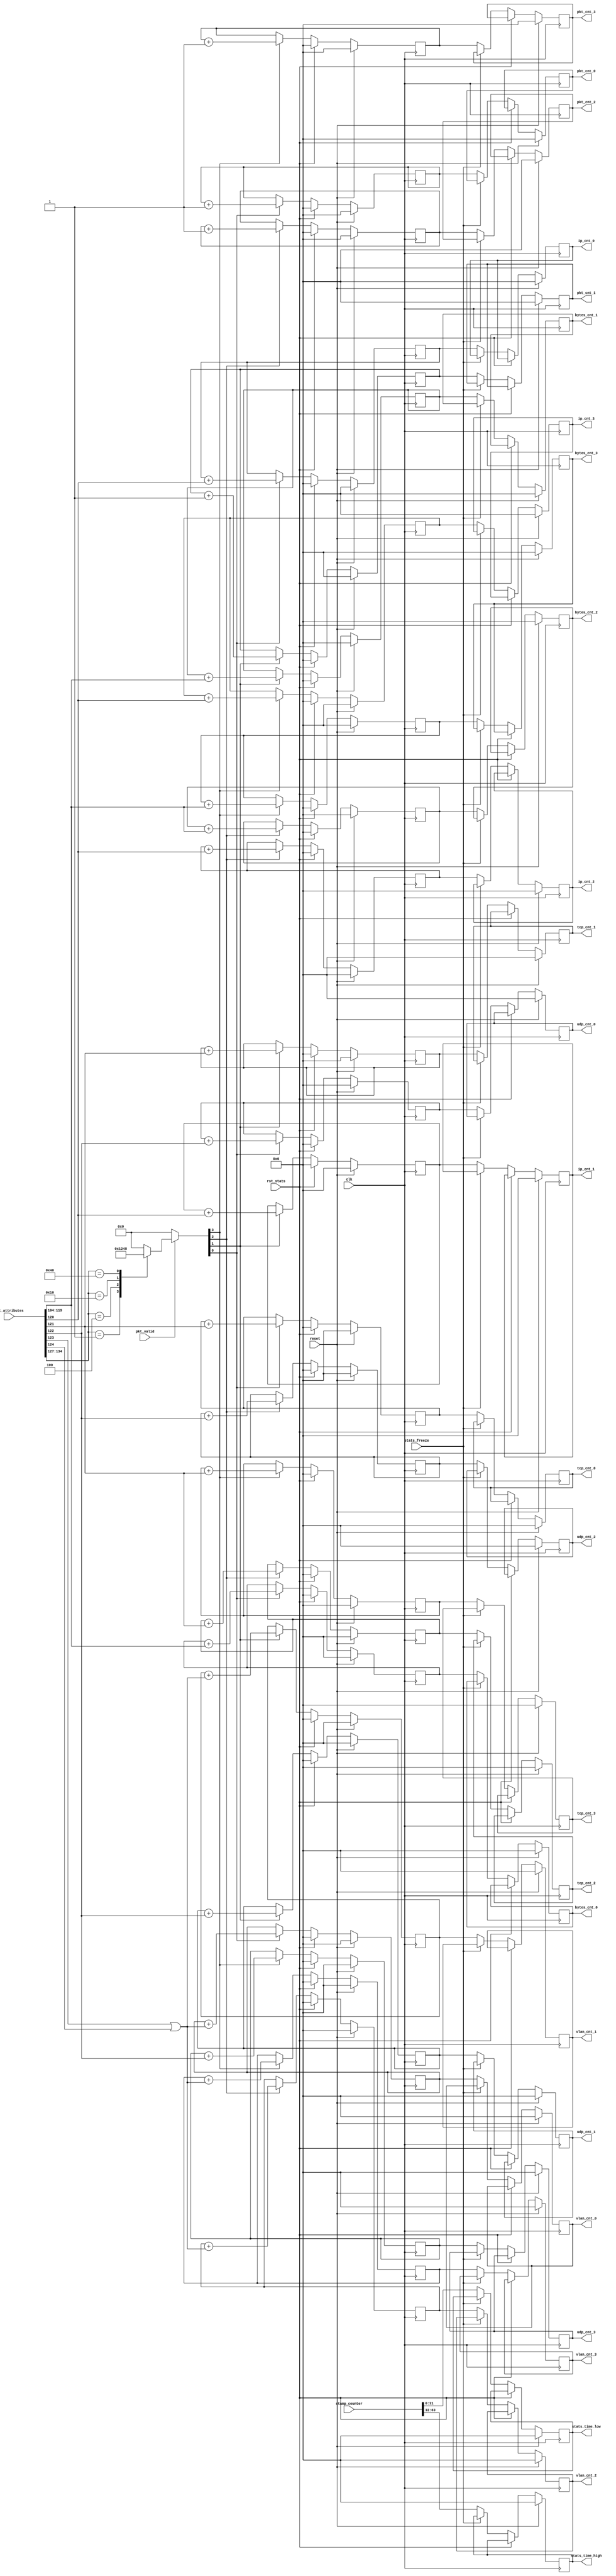
/*******************************************************************************
 *
 *  NetFPGA-10G http://www.netfpga.org
 *
 *  File:
 *        stats_handler.v
 *
 *  Library:
 *        hw/osnt/pcores/osnt_monitoring_output_port_lookup_v1_00_a
 *
 *  Module:
 *        stats_handler
 *
 *  Author:
 *        Gianni Antichi
 *
 *  Description:
 *        Hardwire the hardware interfaces to CPU and vice versa
 *
 *  Copyright notice:
 *        Copyright (C) 2010, 2011 The Board of Trustees of The Leland Stanford
 *                                 Junior University
 *
 *  Licence:
 *        This file is part of the NetFPGA 10G development base package.
 *
 *        This file is free code: you can redistribute it and/or modify it under
 *        the terms of the GNU Lesser General Public License version 2.1 as
 *        published by the Free Software Foundation.
 *
 *        This package is distributed in the hope that it will be useful, but
 *        WITHOUT ANY WARRANTY; without even the implied warranty of
 *        MERCHANTABILITY or FITNESS FOR A PARTICULAR PURPOSE.  See the GNU
 *        Lesser General Public License for more details.
 *
 *        You should have received a copy of the GNU Lesser General Public
 *        License along with the NetFPGA source package.  If not, see
 *        http://www.gnu.org/licenses/.
 *
 */

	module stats_handler
	#(
		parameter C_S_AXI_DATA_WIDTH = 32,
    		parameter TIMESTAMP_WIDTH =64,
		parameter ATTRIBUTE_DATA_WIDTH = 135,
		parameter NUM_INPUT_QUEUES =8,
		parameter TUPLE_WIDTH = 104,
		parameter BYTES_COUNT_WIDTH = 16
	)
	(
    	// Global Ports
    		input clk,
    		input reset,

	// packet attributes
		input [ATTRIBUTE_DATA_WIDTH-1:0] pkt_attributes,
		input	pkt_valid,

	// statistics	
                output [C_S_AXI_DATA_WIDTH-1:0] pkt_cnt_0,
                output [C_S_AXI_DATA_WIDTH-1:0] pkt_cnt_1,
                output [C_S_AXI_DATA_WIDTH-1:0] pkt_cnt_2,
                output [C_S_AXI_DATA_WIDTH-1:0] pkt_cnt_3,

                output [C_S_AXI_DATA_WIDTH-1:0] bytes_cnt_0,
                output [C_S_AXI_DATA_WIDTH-1:0] bytes_cnt_1,
                output [C_S_AXI_DATA_WIDTH-1:0] bytes_cnt_2,
                output [C_S_AXI_DATA_WIDTH-1:0] bytes_cnt_3,

                output [C_S_AXI_DATA_WIDTH-1:0] vlan_cnt_0,
                output [C_S_AXI_DATA_WIDTH-1:0] vlan_cnt_1,
                output [C_S_AXI_DATA_WIDTH-1:0] vlan_cnt_2,
                output [C_S_AXI_DATA_WIDTH-1:0] vlan_cnt_3,

                output [C_S_AXI_DATA_WIDTH-1:0] ip_cnt_0,
                output [C_S_AXI_DATA_WIDTH-1:0] ip_cnt_1,
                output [C_S_AXI_DATA_WIDTH-1:0] ip_cnt_2,
                output [C_S_AXI_DATA_WIDTH-1:0] ip_cnt_3,

                output [C_S_AXI_DATA_WIDTH-1:0] udp_cnt_0,
                output [C_S_AXI_DATA_WIDTH-1:0] udp_cnt_1,
                output [C_S_AXI_DATA_WIDTH-1:0] udp_cnt_2,
                output [C_S_AXI_DATA_WIDTH-1:0] udp_cnt_3,

                output [C_S_AXI_DATA_WIDTH-1:0] tcp_cnt_0,
                output [C_S_AXI_DATA_WIDTH-1:0] tcp_cnt_1,
                output [C_S_AXI_DATA_WIDTH-1:0] tcp_cnt_2,
                output [C_S_AXI_DATA_WIDTH-1:0] tcp_cnt_3,

                output [C_S_AXI_DATA_WIDTH-1:0] stats_time_high,
                output [C_S_AXI_DATA_WIDTH-1:0] stats_time_low,
 
	// stamp counter
                input [TIMESTAMP_WIDTH-1:0]     stamp_counter,

	// misc stats
                input                           stats_freeze,
                input                           rst_stats
	);

	//--------------------- Internal Parameter-------------------------

	localparam PHY0 = 8'b0000_0001;
	localparam PHY1 = 8'b0000_0100;
	localparam PHY2 = 8'b0001_0000;
	localparam PHY3 = 8'b0100_0000;

	localparam NUM_PHY = 4;

	localparam FLAG_IP = TUPLE_WIDTH+BYTES_COUNT_WIDTH;
	localparam FLAG_TCP = FLAG_IP + 1;
	localparam FLAG_UDP = FLAG_IP + 2;
	localparam FLAG_VLAN_Q = FLAG_IP + 3;
	localparam FLAG_VLAN_AD = FLAG_IP + 4;  

  	//---------------------- Wires and regs---------------------------

	reg [C_S_AXI_DATA_WIDTH-1:0] pkt_cnt [NUM_PHY-1:0];
        reg [C_S_AXI_DATA_WIDTH-1:0] bytes_cnt [NUM_PHY-1:0];
        reg [C_S_AXI_DATA_WIDTH-1:0] vlan_cnt [NUM_PHY-1:0];
        reg [C_S_AXI_DATA_WIDTH-1:0] ip_cnt [NUM_PHY-1:0];
        reg [C_S_AXI_DATA_WIDTH-1:0] tcp_cnt [NUM_PHY-1:0];
        reg [C_S_AXI_DATA_WIDTH-1:0] udp_cnt [NUM_PHY-1:0];

        reg [C_S_AXI_DATA_WIDTH-1:0] pkt_cnt_tmp [NUM_PHY-1:0];
        reg [C_S_AXI_DATA_WIDTH-1:0] bytes_cnt_tmp [NUM_PHY-1:0];
        reg [C_S_AXI_DATA_WIDTH-1:0] vlan_cnt_tmp [NUM_PHY-1:0];
        reg [C_S_AXI_DATA_WIDTH-1:0] ip_cnt_tmp [NUM_PHY-1:0];
        reg [C_S_AXI_DATA_WIDTH-1:0] tcp_cnt_tmp [NUM_PHY-1:0];
        reg [C_S_AXI_DATA_WIDTH-1:0] udp_cnt_tmp [NUM_PHY-1:0];

	reg [C_S_AXI_DATA_WIDTH-1:0] time_high_tmp;
        reg [C_S_AXI_DATA_WIDTH-1:0] time_low_tmp;
 
        reg [C_S_AXI_DATA_WIDTH-1:0] pkt_cnt_tmp_next [NUM_PHY-1:0];
        reg [C_S_AXI_DATA_WIDTH-1:0] bytes_cnt_tmp_next [NUM_PHY-1:0];
        reg [C_S_AXI_DATA_WIDTH-1:0] vlan_cnt_tmp_next [NUM_PHY-1:0];
        reg [C_S_AXI_DATA_WIDTH-1:0] ip_cnt_tmp_next [NUM_PHY-1:0];
        reg [C_S_AXI_DATA_WIDTH-1:0] tcp_cnt_tmp_next [NUM_PHY-1:0];
        reg [C_S_AXI_DATA_WIDTH-1:0] udp_cnt_tmp_next [NUM_PHY-1:0];

        reg [C_S_AXI_DATA_WIDTH-1:0] time_high_tmp_next;
        reg [C_S_AXI_DATA_WIDTH-1:0] time_low_tmp_next;


	wire [NUM_INPUT_QUEUES-1:0]  pkt_src;
	wire [BYTES_COUNT_WIDTH-1:0] bytes;
	wire	                     is_ip;
	wire			     is_vlan;
	wire			     is_udp;
	wire			     is_tcp;

	reg [NUM_PHY-1:0] 	     valid_phy;

	integer	i;

        //---------------------- Logic ---------------------------


  	always @ (*) begin
        	valid_phy = 2'd0;
        	if(pkt_valid) begin
                	case(pkt_src)
                        	8'b00000001: valid_phy = 'h1;
                        	8'b00000100: valid_phy = 'h2;
                        	8'b00010000: valid_phy = 'h4;
                        	8'b01000000: valid_phy = 'h8;
                        	default    : valid_phy = 'h0;
                	endcase
        	end
   	end

	assign pkt_src = pkt_attributes[ATTRIBUTE_DATA_WIDTH-1:ATTRIBUTE_DATA_WIDTH-NUM_INPUT_QUEUES];
	assign bytes   = pkt_attributes[TUPLE_WIDTH+BYTES_COUNT_WIDTH-1:TUPLE_WIDTH];
	assign is_ip   = (pkt_attributes[FLAG_IP]);
	assign is_tcp  = (pkt_attributes[FLAG_TCP]);
	assign is_udp  = (pkt_attributes[FLAG_UDP]);
	assign is_vlan = (pkt_attributes[FLAG_VLAN_Q] | pkt_attributes[FLAG_VLAN_AD]);



	generate
	genvar k;
	for(k=0;k<NUM_PHY;k=k+1) begin: statistics_freeze
		always@(pkt_cnt[k],bytes_cnt[k],vlan_cnt[k],ip_cnt[k],tcp_cnt[k],udp_cnt[k],stats_freeze,pkt_cnt_tmp[k],bytes_cnt_tmp[k],vlan_cnt_tmp[k],ip_cnt_tmp[k],tcp_cnt_tmp[k],udp_cnt_tmp[k])begin
	//	always@(*)begin
			if(!stats_freeze) begin
				pkt_cnt_tmp_next[k] = pkt_cnt[k];
                        	bytes_cnt_tmp_next[k] = bytes_cnt[k];
                        	vlan_cnt_tmp_next[k] = vlan_cnt[k];
                        	ip_cnt_tmp_next[k] = ip_cnt[k];
                        	tcp_cnt_tmp_next[k] = tcp_cnt[k];
                        	udp_cnt_tmp_next[k] = udp_cnt[k];
			end
			else begin
                                pkt_cnt_tmp_next[k] = pkt_cnt_tmp[k];
                                bytes_cnt_tmp_next[k] = bytes_cnt_tmp[k];
                                vlan_cnt_tmp_next[k] = vlan_cnt_tmp[k];
                                ip_cnt_tmp_next[k] = ip_cnt_tmp[k];
                                tcp_cnt_tmp_next[k] = tcp_cnt_tmp[k];
                                udp_cnt_tmp_next[k] = udp_cnt_tmp[k];
                        end			
		 end
	end
	endgenerate

	always@(*) begin
		if(!stats_freeze) begin
			time_high_tmp_next = stamp_counter[TIMESTAMP_WIDTH-1:32];
                        time_low_tmp_next = stamp_counter[31:0];
		end
		else begin
			time_high_tmp_next = time_high_tmp;
                        time_low_tmp_next = time_low_tmp;
		end
	end

  	always @ (posedge clk) begin
    		if (reset) begin
			for(i=0;i<NUM_PHY;i=i+1) begin
				pkt_cnt[i] <= {C_S_AXI_DATA_WIDTH{1'b0}};
                                bytes_cnt[i] <= {C_S_AXI_DATA_WIDTH{1'b0}};
                                vlan_cnt[i] <= {C_S_AXI_DATA_WIDTH{1'b0}};
                                ip_cnt[i] <= {C_S_AXI_DATA_WIDTH{1'b0}};
                                tcp_cnt[i] <= {C_S_AXI_DATA_WIDTH{1'b0}};
                                udp_cnt[i] <= {C_S_AXI_DATA_WIDTH{1'b0}};

                                pkt_cnt_tmp[i] <= {C_S_AXI_DATA_WIDTH{1'b0}};
                                bytes_cnt_tmp[i] <= {C_S_AXI_DATA_WIDTH{1'b0}};
                                vlan_cnt_tmp[i] <= {C_S_AXI_DATA_WIDTH{1'b0}};
                                ip_cnt_tmp[i] <= {C_S_AXI_DATA_WIDTH{1'b0}};
                                tcp_cnt_tmp[i] <= {C_S_AXI_DATA_WIDTH{1'b0}};
                                udp_cnt_tmp[i] <= {C_S_AXI_DATA_WIDTH{1'b0}};
			end

			time_high_tmp <= {C_S_AXI_DATA_WIDTH{1'b0}};
                        time_low_tmp <= {C_S_AXI_DATA_WIDTH{1'b0}};
		end
    		else if (rst_stats) begin    
			for(i=0;i<NUM_PHY;i=i+1) begin
                                pkt_cnt[i] <= {C_S_AXI_DATA_WIDTH{1'b0}};
                                bytes_cnt[i] <= {C_S_AXI_DATA_WIDTH{1'b0}};
                                vlan_cnt[i] <= {C_S_AXI_DATA_WIDTH{1'b0}};
                                ip_cnt[i] <= {C_S_AXI_DATA_WIDTH{1'b0}};
                                tcp_cnt[i] <= {C_S_AXI_DATA_WIDTH{1'b0}};
                                udp_cnt[i] <= {C_S_AXI_DATA_WIDTH{1'b0}};
                        end
		end
    		else begin
			for(i=0;i<NUM_PHY;i=i+1) begin
				if(valid_phy[i]) begin
                                	pkt_cnt[i] <= pkt_cnt[i]+1;
                                	bytes_cnt[i] <= bytes_cnt[i]+bytes;
                                	vlan_cnt[i] <= vlan_cnt[i]+is_vlan;
                                	ip_cnt[i] <= ip_cnt[i]+is_ip;
                                	tcp_cnt[i] <= tcp_cnt[i]+is_tcp;
                                	udp_cnt[i] <= udp_cnt[i]+is_udp;
				end
                                pkt_cnt_tmp[i] <= pkt_cnt_tmp_next[i];
                                bytes_cnt_tmp[i] <= bytes_cnt_tmp_next[i];
                                vlan_cnt_tmp[i] <= vlan_cnt_tmp_next[i];
                                ip_cnt_tmp[i] <= ip_cnt_tmp_next[i];
                                tcp_cnt_tmp[i] <= tcp_cnt_tmp_next[i];
                                udp_cnt_tmp[i] <= udp_cnt_tmp_next[i];
			end
			time_high_tmp <= time_high_tmp_next;
			time_low_tmp <= time_low_tmp_next;
		end
	end


	// demultiplex the statistics
	assign pkt_cnt_0 = pkt_cnt_tmp[0];
        assign pkt_cnt_1 = pkt_cnt_tmp[1];
        assign pkt_cnt_2 = pkt_cnt_tmp[2];
        assign pkt_cnt_3 = pkt_cnt_tmp[3];			
	
        assign bytes_cnt_0 = bytes_cnt_tmp[0];
        assign bytes_cnt_1 = bytes_cnt_tmp[1];
        assign bytes_cnt_2 = bytes_cnt_tmp[2];
        assign bytes_cnt_3 = bytes_cnt_tmp[3];

        assign vlan_cnt_0 = vlan_cnt_tmp[0];
        assign vlan_cnt_1 = vlan_cnt_tmp[1];
        assign vlan_cnt_2 = vlan_cnt_tmp[2];
        assign vlan_cnt_3 = vlan_cnt_tmp[3];

        assign ip_cnt_0 = ip_cnt_tmp[0];
        assign ip_cnt_1 = ip_cnt_tmp[1];
        assign ip_cnt_2 = ip_cnt_tmp[2];
        assign ip_cnt_3 = ip_cnt_tmp[3];

        assign tcp_cnt_0 = tcp_cnt_tmp[0];
        assign tcp_cnt_1 = tcp_cnt_tmp[1];
        assign tcp_cnt_2 = tcp_cnt_tmp[2];
        assign tcp_cnt_3 = tcp_cnt_tmp[3];

        assign udp_cnt_0 = udp_cnt_tmp[0];
        assign udp_cnt_1 = udp_cnt_tmp[1];
        assign udp_cnt_2 = udp_cnt_tmp[2];
        assign udp_cnt_3 = udp_cnt_tmp[3];

	assign stats_time_high = time_high_tmp;
        assign stats_time_low = time_low_tmp;
 
endmodule // stats_handler